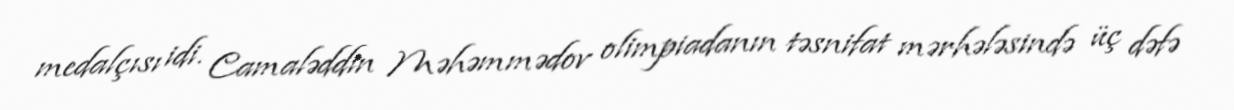
medalçısı idi. Camaləddin Məhəmmədov olimpiadanın təsnifat mərhələsində üç dəfə